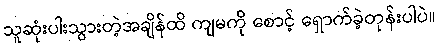
သူဆုံးပါးသွားတဲ့အချိန်ထိ ကျမကို စောင့် ရှောက်ခဲ့တုန်းပါပဲ။